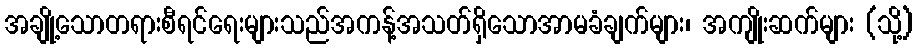
အချို့သောတရားစီရင်ရေးများသည်အကန့်အသတ်ရှိသောအာမခံချက်များ၊ အကျိုးဆက်များ (သို့)